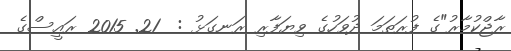
ރާޖްކުމާރު"ގެ ފުރަތަމަ ދުވަހުގެ ވިޔަފާރި ރަނގަޅު :  21